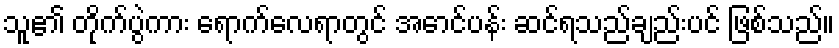
သူ၏ တိုက်ပွဲကား ရောက်လေရာတွင် အောင်ပန်း ဆင်ရသည်ချည်းပင် ဖြစ်သည်။